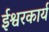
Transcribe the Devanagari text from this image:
ईश्वरकार्य